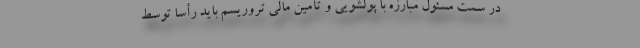
در سمت مسئول مبارزه با پولشویی و تأمین مالی تروریسم باید رأساً توسط